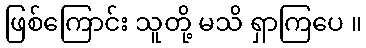
ဖြစ်ကြောင်း သူတို့ မသိ ရှာကြပေ ။